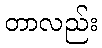
တာလည်း